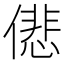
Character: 𠎩